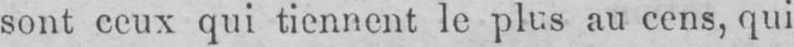
sont ceux qui tiennent le plus au cens, qui